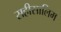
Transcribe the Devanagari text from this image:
सहीसालिम